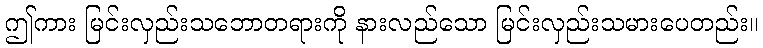
ဤကား မြင်းလှည်းသဘောတရားကို နားလည်သော မြင်းလှည်းသမားပေတည်း။